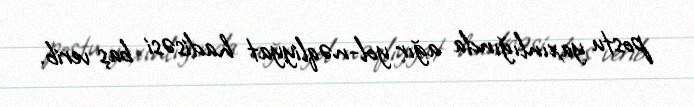
postu yaxınlığında ağır yol-nəqliyyat hadisəsi baş verib.